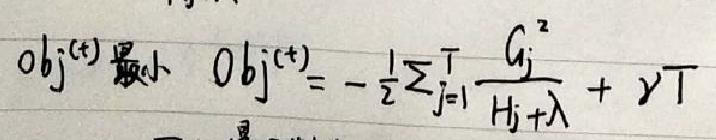
$obj^{(t)}$最小$\quad Obj^{(t)}=-\frac{1}{2}\sum_{j = 1}^{T}\frac{G_{j}^{2}}{H_{j}+\lambda}+\gamma T$